Indian journal of veterinary science and animal husbandry - Volume 11,
Year: 1941
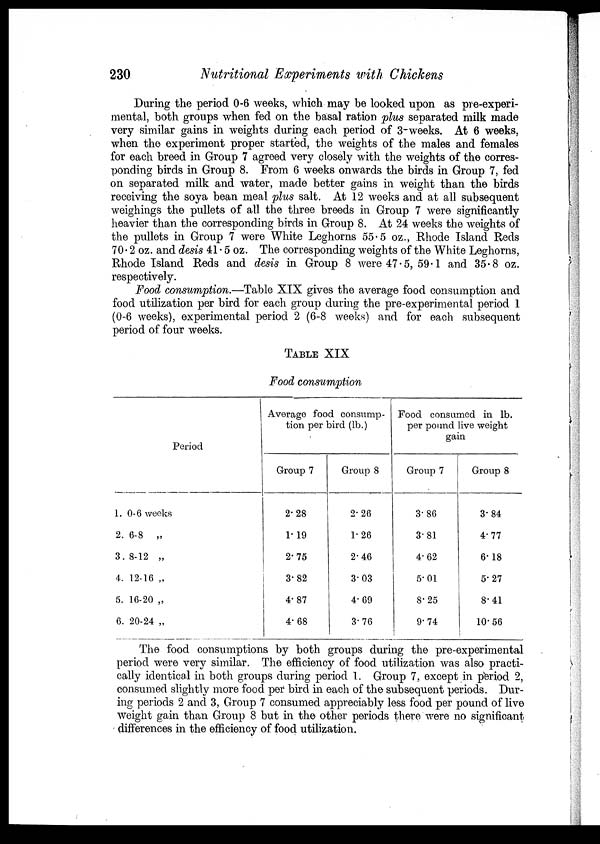
230
Nutritional Experiments with Chickens
During the period 0-6 weeks, which may be looked upon as pre-experi-
mental, both groups when fed on the basal ration plus separated milk made
very similar gains in weights during each period of 3-weeks. At 6 weeks,
when the experiment proper started, the weights of the males and females
for each breed in Group 7 agreed very closely with the weights of the corres-
ponding birds in Group 8. From 6 weeks onwards the birds in Group 7, fed
on separated milk and water, made better gains in weight than the birds
receiving the soya bean meal plus salt. At 12 weeks and at all subsequent
weighings the pullets of all the three breeds in Group 7 were significantly
heavier than the corresponding birds in Group 8. At 24 weeks the weights of
the pullets in Group 7 were White Leghorns 55.5 oz., Rhode Island Reds
70.2 oz. and desis 41 . 5 oz. The corresponding weights of the White Leghorns,
Rhode Island Reds and desis in Group 8 were 47.5, 59.1 and 35.8 oz.
respectively.
Food consumption.—Table XIX gives the average food consumption and
food utilization per bird for each group during the pre-experimental period 1
(0-6 weeks), experimental period 2 (6-8 weeks) and for each subsequent
period of four weeks.
TABLE XIX
Food consumption
Period
1. 0-6 weeks
2. 6-8 „
3.8-12 „
4. 12-16 „
5. 16-20 „
6. 20-24 „
Average food consump-
tion per bird (lb.)
Group 7
2.28
1.19
2.75
3.82
4.87
4.68
Group 8
2.26
1.26
2.46
3.03
4.69
3.76
Food consumed in lb.
per pound live weight
gain
Group 7
3.86
3.81
4.62
5.01
8.25
9.74
Group 8
3.84
4.77
6.18
5.27
8.41
10.56
The food consumptions by both groups during the pre-experimental
period were very similar. The efficiency of food utilization was also practi-
cally identical in both groups during period 1. Group 7, except in period 2,
consumed slightly more food per bird in each of the subsequent periods. Dur-
ing periods 2 and 3, Group 7 consumed appreciably less food per pound of live
weight gain than Group 8 but in the other periods there were no significant
differences in the efficiency of food utilization.